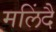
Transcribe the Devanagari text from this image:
मलिंदै